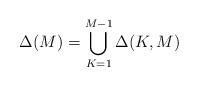
LaTeX: \begin{align*}\Delta(M)=\bigcup_{K=1}^{M-1} \Delta(K,M)\end{align*}